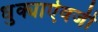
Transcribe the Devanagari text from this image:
धुक्याऐवजी